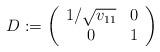
LaTeX: \begin{align*}D:=\left(\begin{array}{cc}1/\sqrt{v_{11}} & 0\\0 & 1\end{array}\right)\end{align*}